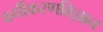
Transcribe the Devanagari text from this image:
वर्गीकरणविज्ञान